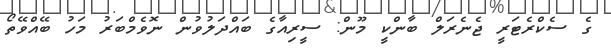
ގެ ސެކްރެޓަރީ ޖެނެރަލް ބާންކީ މޫން: ސީރިއާގެ ބައްދަލުވުން ނޮވެމްބަރު މަހު ބޭއްވޭތޯ